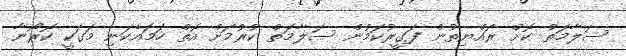
ސަލާމަތް ކޮށް ރައްޔިތުން ފަގީރުކަމުން ސަލާމަތް ކުރުމަށް އޮތް ހަމައެކަނި މަގަކީ ކޮރޯނާ